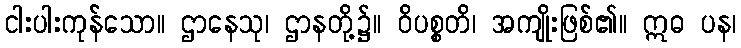
ငါးပါးကုန်သော။ ဌာနေသု၊ ဌာနတို့၌။ ဝိပစ္စတိ၊ အကျိုးဖြစ်၏။ ဣဓ ပန၊